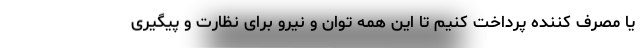
یا مصرف کننده پرداخت کنیم تا این همه توان و نیرو برای نظارت و پیگیری